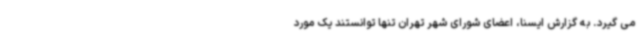
می گیرد. به گزارش ایسنا، اعضای شورای شهر تهران تنها توانستند یک مورد